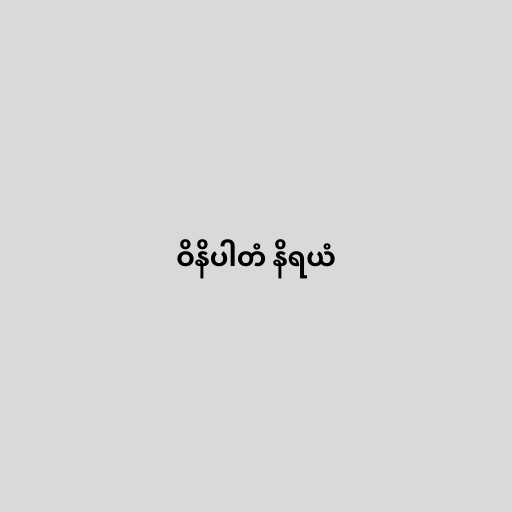
ဝိနိပါတံ နိရယံ